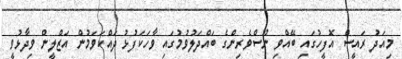
މިއަދު ރައީސް އޮފީހުގައި ބޭއްވި ނޫސްވެރިންގެ ބައްދަލުވުމުގައި ވާހަކަފުޅު ދައްކަވަމުން އަޒްލީން ވިދާޅުވީ